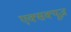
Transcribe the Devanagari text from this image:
एक्सक्यूज़